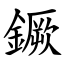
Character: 鐝